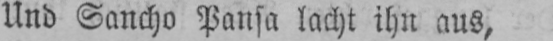
Und Sancho Pansa lacht ihn aus,